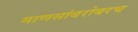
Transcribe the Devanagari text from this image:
माणसांबरोबरच